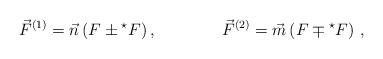
LaTeX: \begin{align*}\vec{F}^{(1)}=\vec{n} \left( F\pm {}^{\star}F \right),\qquad\qquad \vec{F}^{(2)}=\vec{m} \left( F\mp {}^{\star}F \right)\, ,\end{align*}